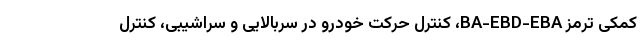
کمکی ترمز BA-EBD-EBA، کنترل حرکت خودرو در سربالایی و سراشیبی، کنترل